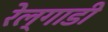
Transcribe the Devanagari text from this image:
रेल्गाडी